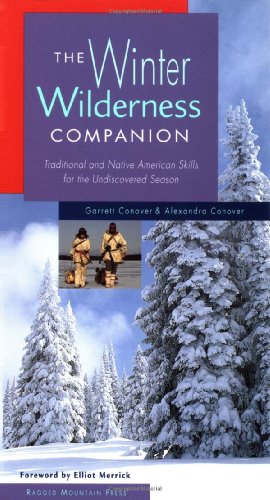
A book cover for The Winter Wilderness Companion: Traditional and Native American Skills for the Undiscovered Season; Garrett Conover; Sports & Outdoors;